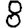
Digit: 8